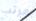
مرتب